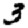
Digit: 3